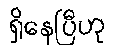
ရှိနေပြီဟု